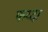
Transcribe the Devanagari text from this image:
फय्दा